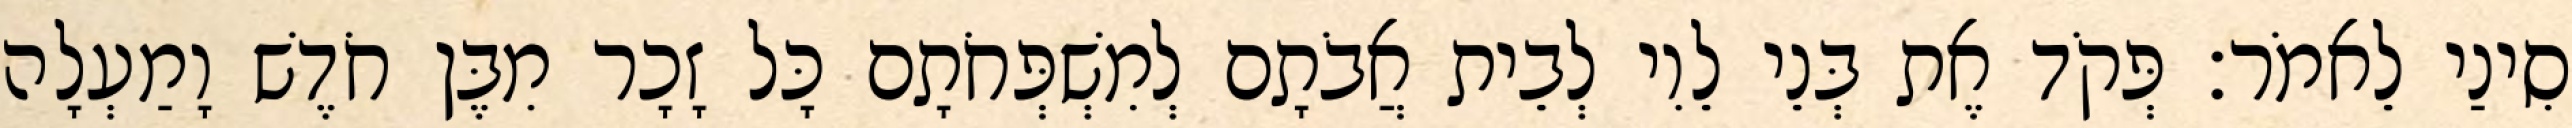
סִינַי לֵאמֹר׃ פְּקֹד אֶת בְּנֵי לֵוִי לְבֵית אֲבֹתָם לְמִשְׁפְּחֹתָם כָּל זָכָר מִבֶּן חֹדֶשׁ וָמַעְלָה